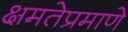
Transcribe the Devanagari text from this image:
क्षमतेप्रमाणे